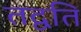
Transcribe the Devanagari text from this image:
तद्वति